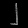
Digit: ၂